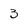
Character: 3